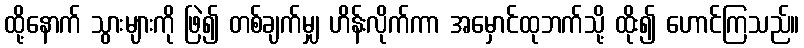
ထို့နောက် သွားများကို ဖြဲ၍ တစ်ချက်မျှ ဟိန်းလိုက်ကာ အမှောင်ထုဘက်သို့ ထိုး၍ ဟောင်ကြသည်။